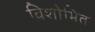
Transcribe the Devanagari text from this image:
विशोभित